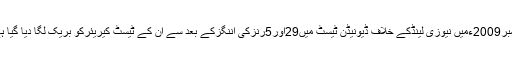
نومبر2009ءمیں نیوزی لینڈکے خلاف ڈیونیڈن ٹیسٹ میں29اور5رنزکی اننگزکے بعد سے ان کے ٹیسٹ کیریئرکو بریک لگا دیا گیا ہے۔